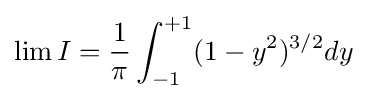
\lim I={\frac {1}{\pi }}\int _{-1}^{+1}(1-y^{2})^{3/2}dy